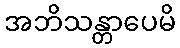
အဘိသန္တာပေမိ